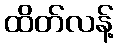
ထိတ်လန့်